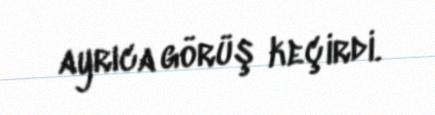
ayrıca görüş keçirdi.